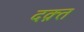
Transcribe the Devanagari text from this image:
दक़्त